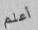
أعلم